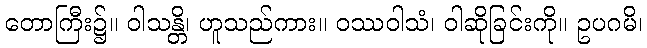
တောကြီး၌။ ဝါသန္တိ၊ ဟူသည်ကား။ ဝဿဝါသံ၊ ဝါဆိုခြင်းကို။ ဥပဂမိ၊